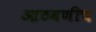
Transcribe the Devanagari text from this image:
आठवणीच